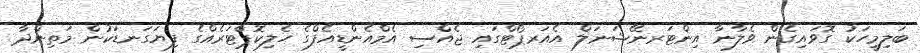
ބަލިމީހަކު ގޮވައިގެން ވެލާނާ އިންޓަރނޭޝަނަލް އެއަރޕޯޓްގައި ޖެއްސި އެމްއެންޑީއެފްގެ ހެލިކޮޕްޓަރެއްގެ ފިޔަގަނޑަކުން މަތިންދާ